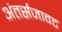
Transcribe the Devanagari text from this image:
अंतर्सजावट